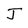
Character: J